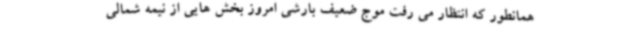
همانطور که انتظار می رفت موج ضعیف بارشی امروز بخش هایی از نیمه شمالی